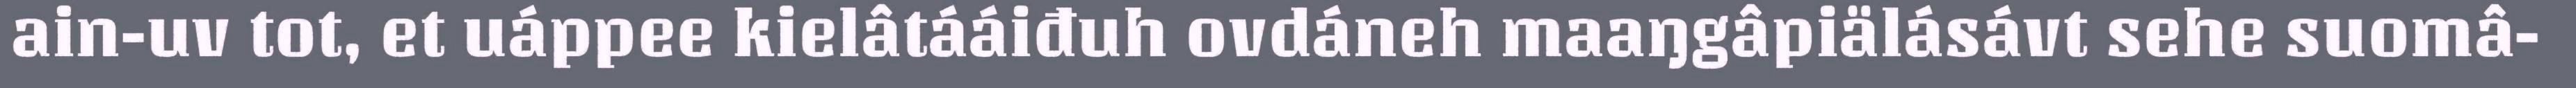
ain-uv tot, et uáppee kielâtááiđuh ovdáneh maaŋgâpiälásávt sehe suomâ-